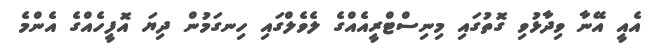
އެއީ އޭނާ ވިދާޅުވި ގޮތުގައި މިނިސްޓްރީއެއްގެ ލެވެލްގައި ހިނގަމުން ދިޔަ އޮފީހެއްގެ އެންމެ